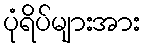
ပုံရိပ်များအား